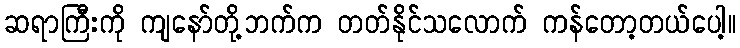
ဆရာကြီးကို ကျနော်တို့ဘက်က တတ်နိုင်သလောက် ကန်တော့တယ်ပေါ့။